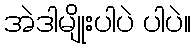
အဲဒါမျိုးပါပဲ ပါပဲ။